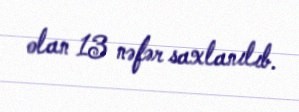
olan 13 nəfər saxlanılıb.